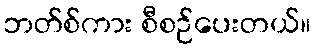
ဘတ်စ်ကား စီစဉ်ပေးတယ်။